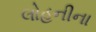
લોહનીના